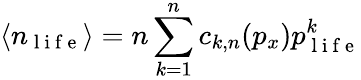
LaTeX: \langle n_{\mathrm{~l~i~f~e~}}\rangle=n\sum_{k=1}^{n}c_{k,n}(p_{x})p_{\mathrm{~l~i~f~e~}}^{k}